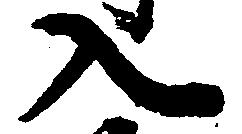
入